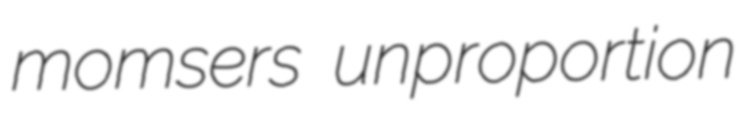
momsers unproportion